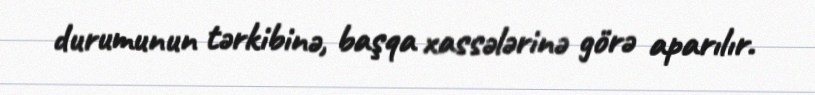
durumunun tərkibinə, başqa xassələrinə görə aparılır.